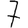
Digit: 7